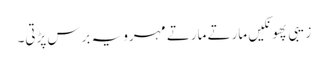
زیبی پھونکیں مارتے مارتے مہرو یہ برس پڑتی۔